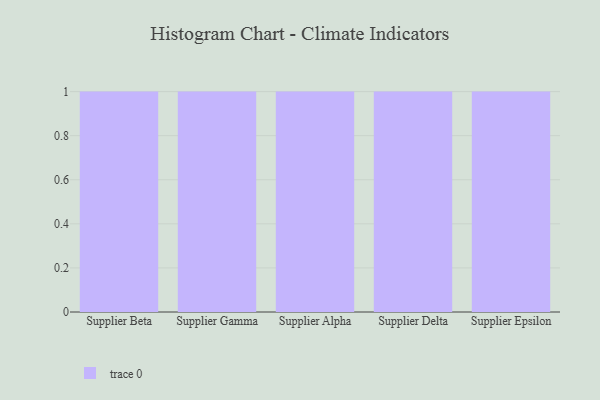
{"axis": {"x": "Supplier", "y": "Gross Profit (USD K)"}, "legend": [""], "data": [{"x": "Supplier Beta", "y": 58, "type": ""}, {"x": "Supplier Gamma", "y": 58, "type": ""}, {"x": "Supplier Alpha", "y": 91, "type": ""}, {"x": "Supplier Delta", "y": 85, "type": ""}, {"x": "Supplier Epsilon", "y": 15, "type": ""}]}